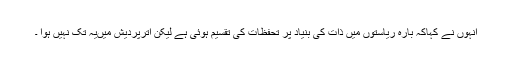
انہوں نے کہاکہ بارہ ریاستوں میں ذات کی بنیاد پر تحفظات کی تقسیم ہوئی ہے لیکن اترپردیش میںیہ تک نہیں ہوا ۔